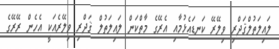
ލައިލަތުލްޤަދްރި ވިލޭރޭ ކަނޑައެޅުމާއި އެރޭގެ މާތްކަން ލައިލަތުލް ޤަދްރި ވިލޭރެއަކީ އެހެން ރޭރޭގެ